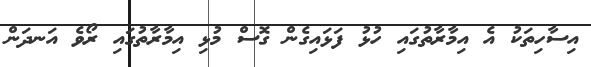
އިސާހިތަކު އެ އިމާރާތުގައި ހުޅު ފަޅައިގެން ގޮސް މުޅި އިމާރާތުގައި ރޯވެ އަނދަން